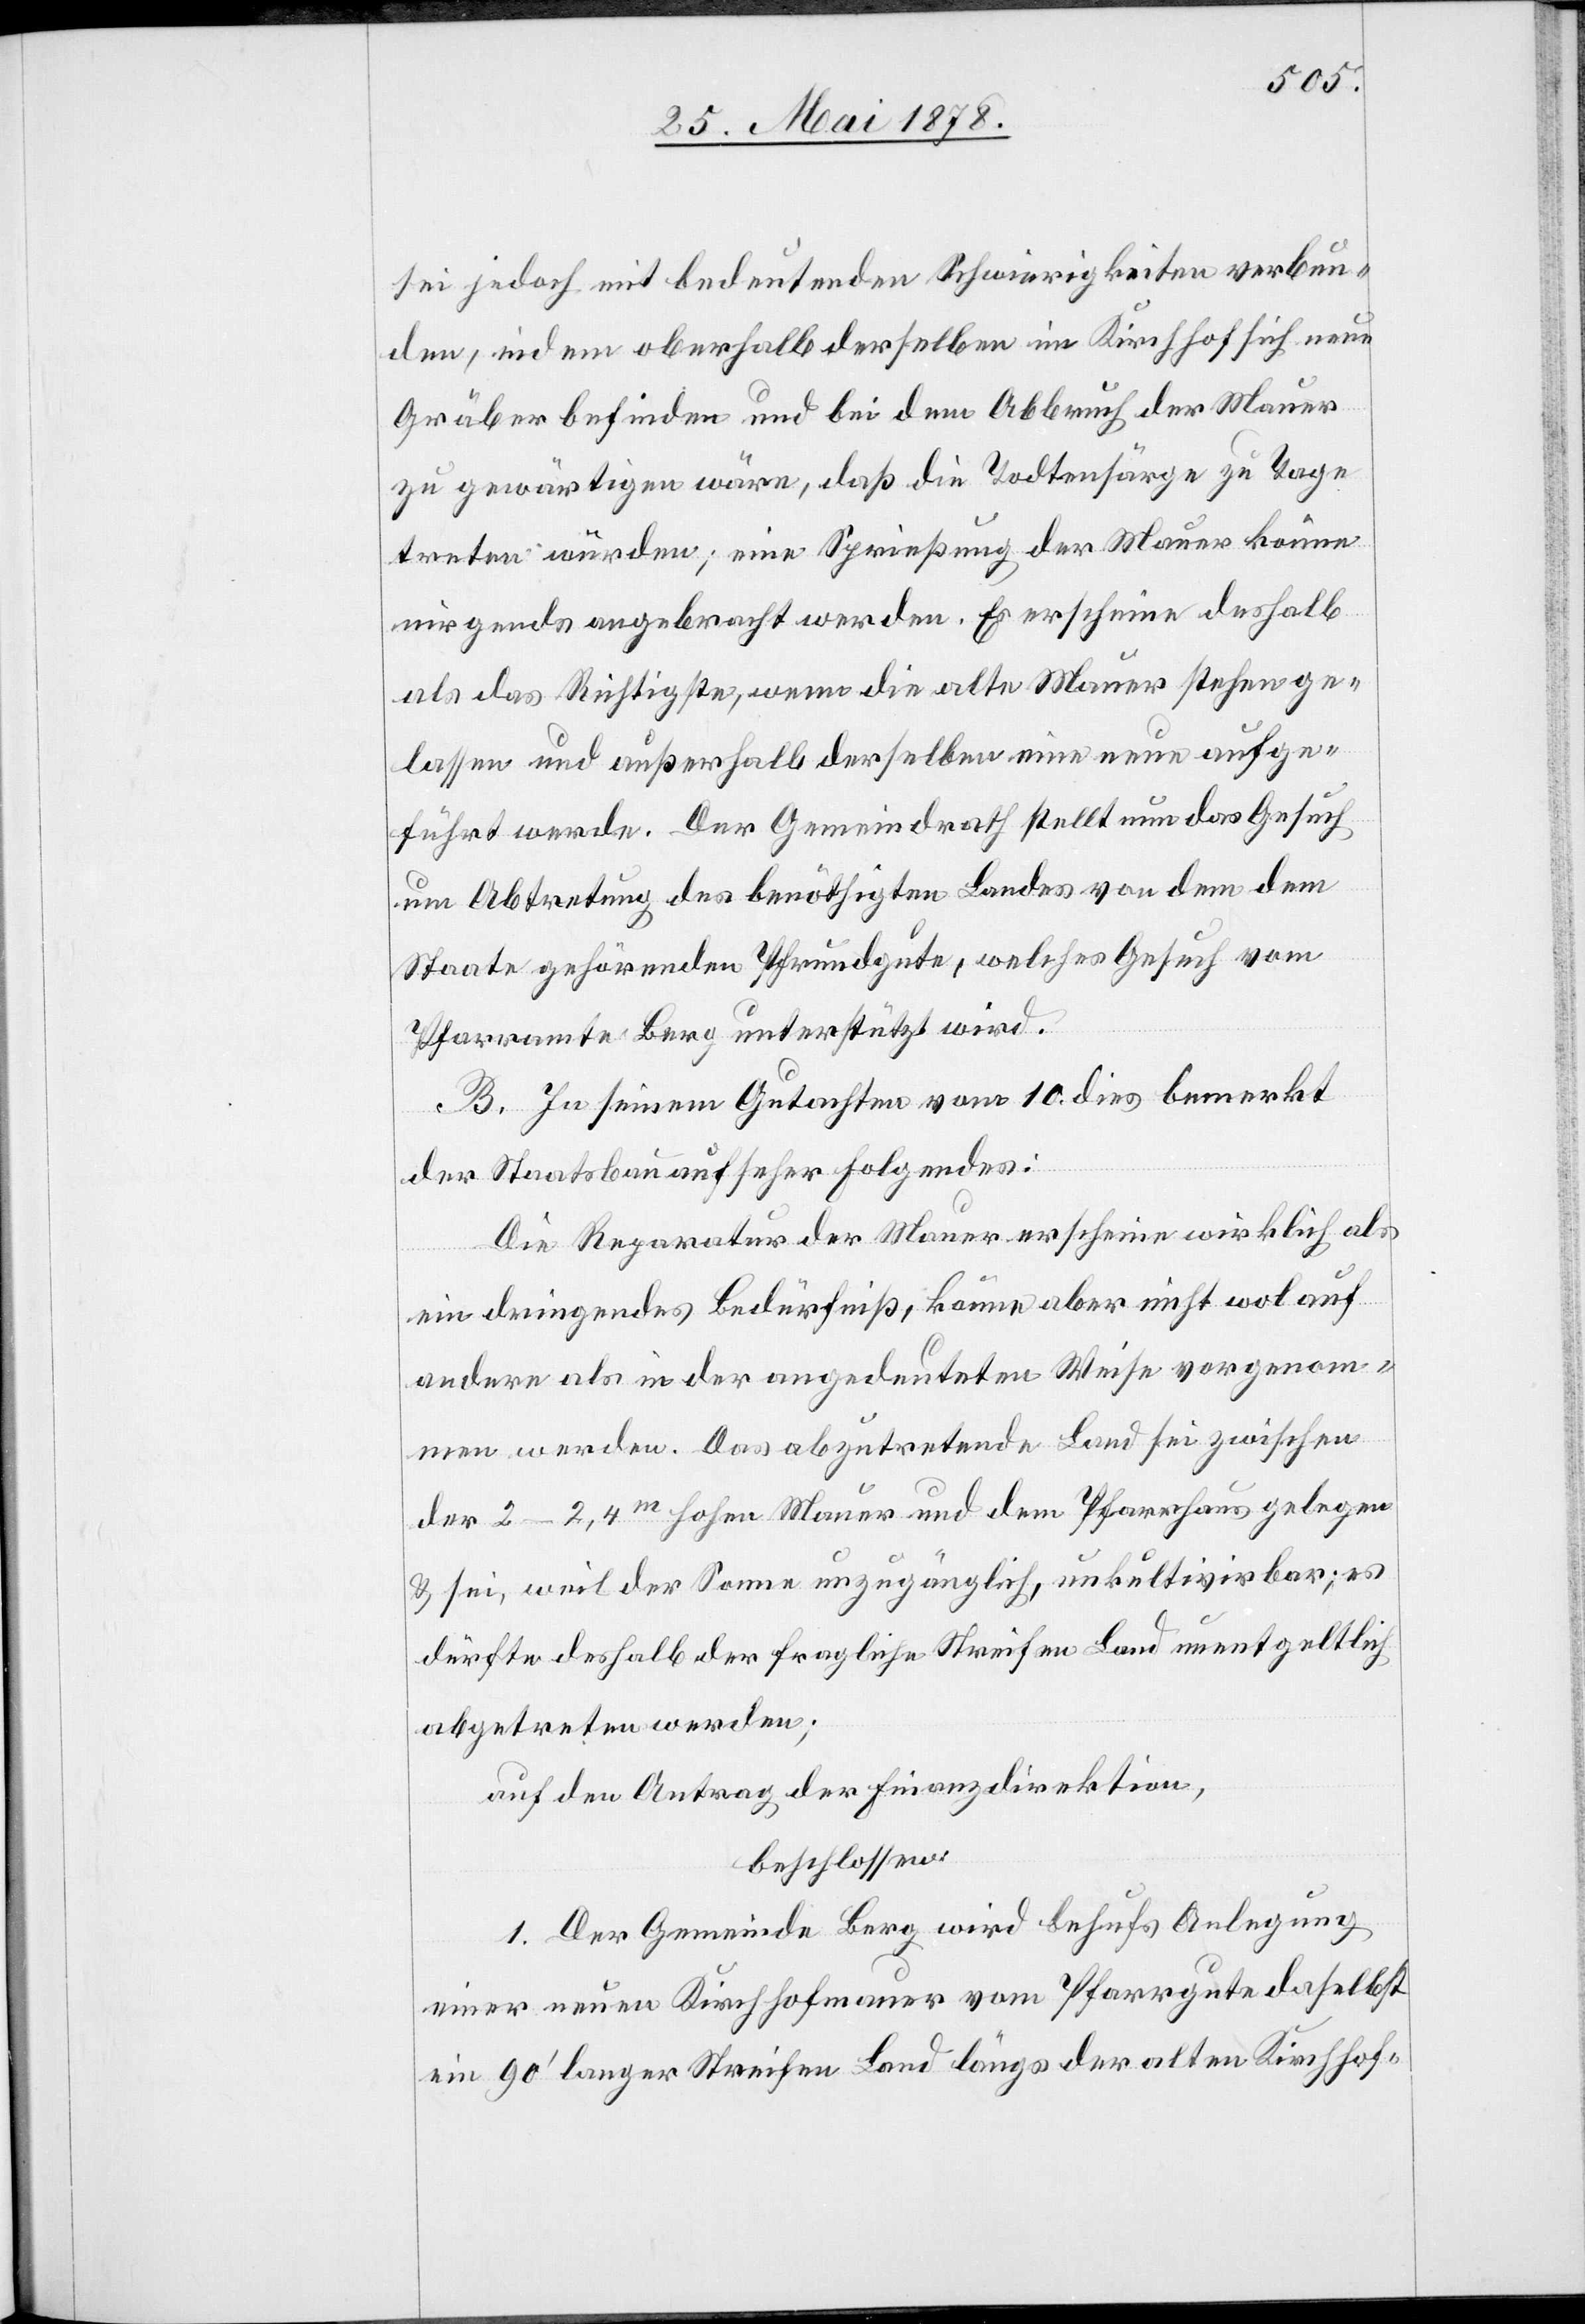
sei jedoch mit bedeutenden Schwierigkeiten verbun¬
den, indem oberhalb derselben im Kirchhof sich neue
Gräber befinden und bei dem Abbruch der Mauer
zu gewärtigen wäre, daß die Todtensärge zu Tage
treten würden; eine Sprießung der Mauer könne
nirgends angebracht werden. Es erschien deshalb
als das Richtigste, wenn die alte Mauer stehen ge¬
lassen und außerhalb derselben eine neue aufge¬
führt werde. Der Gemeindrath stellt nun das Gesuch
um Abtretung des benöthigten Landes von dem dem
Staate gehörenden Pfrundgute, welches Gesuch vom
Pfarramte Berg unterstützt wird.
B. In seinem Gutachten vom 10. dies bemerkt
der Staatsbauaufseher auf folgendes:
Die Reparatur der Mauer erscheine wirklich als
ein dringendes Bedürfniß, könne aber nicht wol auch
anders als in der angedeuteten Weise vorgenom¬
men werden. Das abzutretende Land sei zwischen
der 2–2,4m hohen Mauer und dem Pfarrhaus gelegen
& sei, weil der Sonne unzugänglich, unkultivirbar; es
dürfte deshalb der fragliche Streifen Land unentgeltlich
abgetreten werden;
auf den Antrag der Finanzdirektion,
beschlossen:
1. Der Gemeinde Berg wird behufs Anlegung
einer neuen Kirchhofmauer vom Pfarrgute daselbst
ein 90’ langer Streifen Land längs der alten Kirchhof-